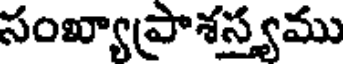
సంఖ్యాప్రాశస్త్యము